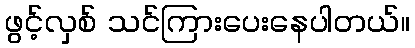
ဖွင့်လှစ် သင်ကြားပေးနေပါတယ်။